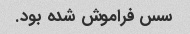
سس فراموش شده بود.